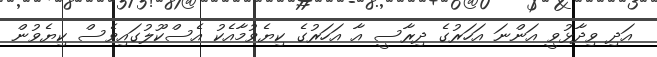
އަދި ވިދާޅުވީ އަންނަ އަހަރުގެ ދިރާސީ އާ އަހަރުގެ ކިޔެވުމާއެކު އެސްކޫލުގައިވެސް ކިޔެވުން